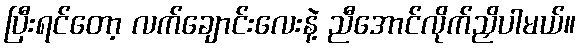
ပြီးရင်တော့ လက်ချောင်းလေးနဲ့ ညီအောင်လိုက်ညှိပါမယ်။